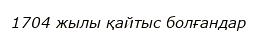
1704 жылы қайтыс болғандар